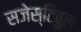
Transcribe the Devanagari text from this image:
सजेस्टिबुल